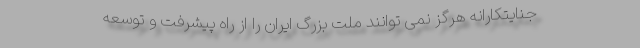
جنایتکارانه هرگز نمی توانند ملت بزرگ ایران را از راه پیشرفت و توسعه